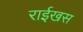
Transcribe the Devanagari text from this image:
राईखस